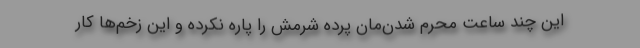
این چند ساعت محرم شدن‌مان پرده شرمش را پاره نکرده و این زخم‌ها کار